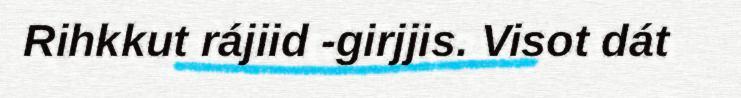
Rihkkut rájiid -girjjis. Visot dát